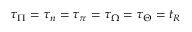
\tau _ { \Pi } = \tau _ { n } = \tau _ { \pi } = \tau _ { \Omega } = \tau _ { \Theta } = t _ { R }